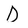
Character: D